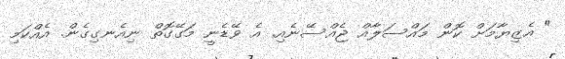
" އެޒިޔާމަށް ކޮން މައްސަލާއް ޖެއްސޭނެއި. އެ ވޭޑެނީ މަގޭގޮތް ނިއެނގިގެން. އެއްކަމި